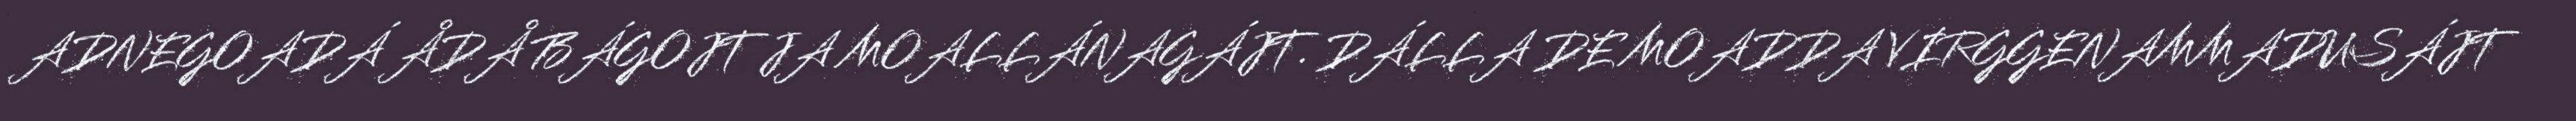
ADNEGOADÁ ÅDÅ BÁGOJT JA MOALLÁNAGÁJT. DÁLLA DE MOADDA VIRGGENAMMADUSÁJT